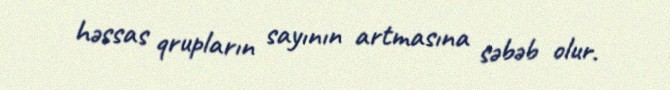
həssas qrupların sayının artmasına səbəb olur.